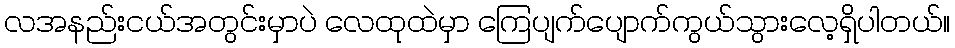
လအနည်းငယ်အတွင်းမှာပဲ လေထုထဲမှာ ကြေပျက်ပျောက်ကွယ်သွားလေ့ရှိပါတယ်။